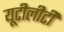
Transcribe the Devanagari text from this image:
यूटीलीटी